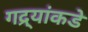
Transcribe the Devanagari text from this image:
गद्र्‍यांकडे